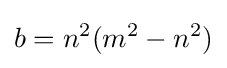
b=n^{2}(m^{2}-n^{2})